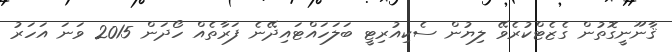
ޤާނޫނީގޮތުން ގެޒެޓްކުރެވޭ ލިޔުން ސެކިއުރިޓީ ބަލަހައްޓައިދޭނެ ފަރާތެއް ހޯދަން 2015 ވަނަ އަހަރު